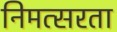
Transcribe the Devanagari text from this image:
निमत्सरता